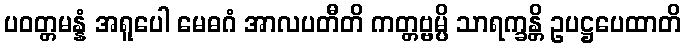
ပဝတ္တမန္နံ အရူပေါ မေဓဂံ အာလပတီတိ ကတ္တဗ္ဗမ္ပိ သာရက္ခန္တိ ဥပဋ္ဌပေထာတိ